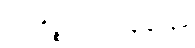
အာကိဉ္စညာယတန ဈာန်မှ